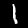
Digit: 1